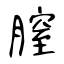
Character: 膣